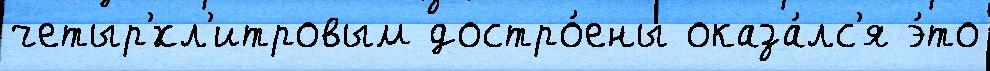
четыр'́хл'итровым достро́ены оказа́лс'я э́то